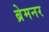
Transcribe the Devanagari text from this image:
ब्रेमनर